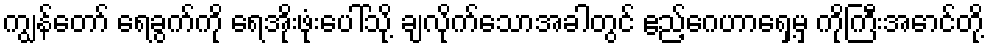
ကျွန်တော် ရေခွက်ကို ရေအိုးဖုံးပေါ်သို့ ချလိုက်သောအခါတွင် ဧည့်ဂေဟာရှေ့မှ ကိုကြီးအောင်တို့